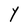
Character: Y